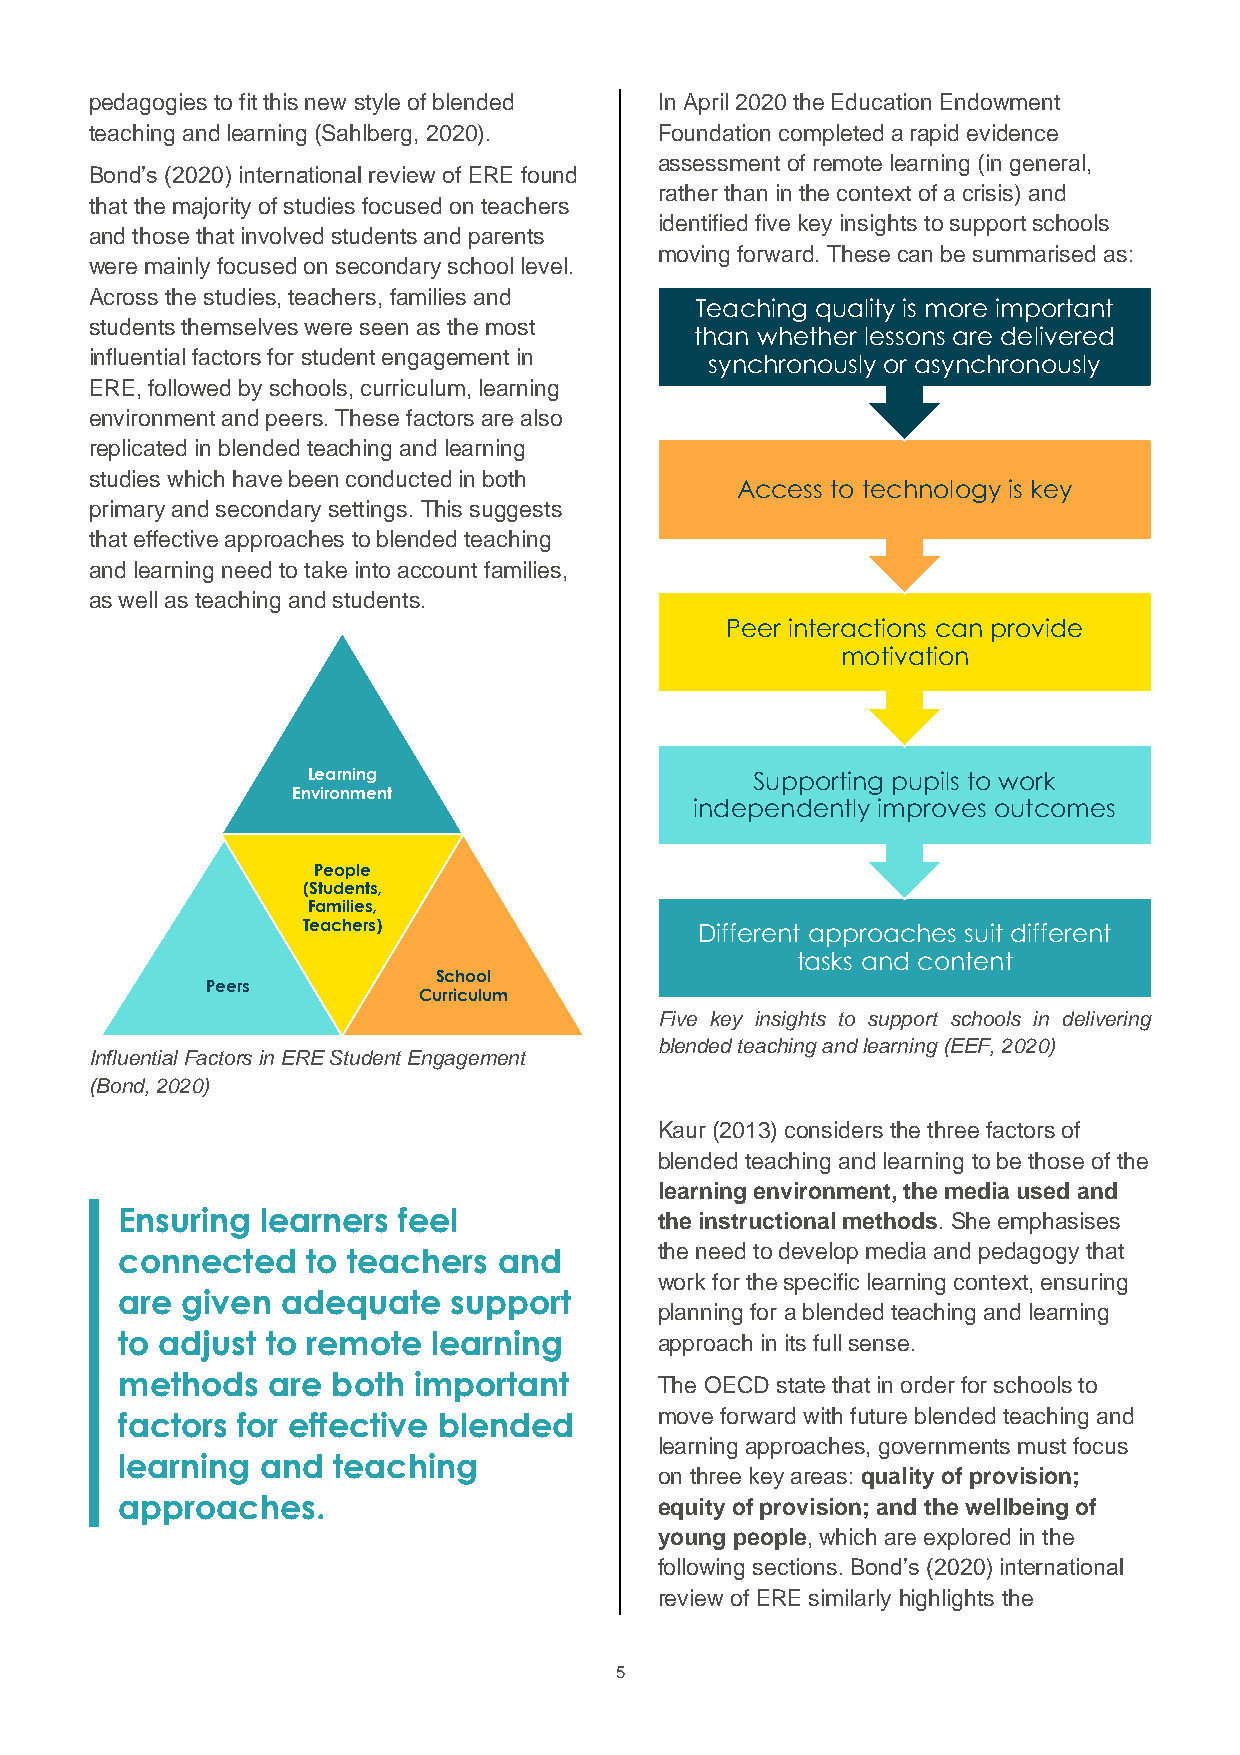
pedagogies to fit this new style of blended In April 2020 the Education Endowment
 teaching and learning (Sahlberg, 2020). Foundation completed a rapid evidence
 assessment of remote learning (in general,
 Bond’s (2020) international review of ERE found
 rather than in the context of a crisis) and
 that the majority of studies focused on teachers
 identified five key insights to support schools
 and those that involved students and parents
 moving forward. These can be summarised as:
 were mainly focused on secondary school level.
 Across the studies, teachers, families and
 Teaching quality is more important
 students themselves were seen as the most
 than whether lessons are delivered
 influential factors for student engagement in synchronously or asynchronously
 ERE, followed by schools, curriculum, learning
 environment and peers. These factors are also
 replicated in blended teaching and learning
 studies which have been conducted in both
 Access to technology is key
 primary and secondary settings. This suggests
 that effective approaches to blended teaching
 and learning need to take into account families,
 as well as teaching and students.
 Peer interactions can provide
 motivation
 Learning                      Supporting pupils to work
 Environment
 independently improves outcomes
 People
 (Students,
 Families,
 Teachers)                 Different approaches suit different
 tasks and content
 School
 Peers
 Curriculum
 Five key insights to support schools in delivering
 blended teaching and learning (EEF, 2020)
 Influential Factors in ERE Student Engagement
 (Bond, 2020)
 Kaur (2013) considers the three factors of
 blended teaching and learning to be those of the
 learning environment, the media used and
 Ensuring learners feel              the instructional methods. She emphasises
 connected   to teachers  and        the need to develop media and pedagogy that
 work for the specific learning context, ensuring
 are given  adequate   support
 planning for a blended teaching and learning
 to adjust to remote  learning       approach in its full sense.
 methods   are both important        The OECD state that in order for schools to
 factors for effective blended       move forward with future blended teaching and
 learning approaches, governments must focus
 learning and  teaching
 on three key areas: quality of provision;
 approaches.                         equity of provision; and the wellbeing of
 young people, which are explored in the
 following sections. Bond’s (2020) international
 review of ERE similarly highlights the
 5